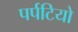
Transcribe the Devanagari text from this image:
पर्पटियो